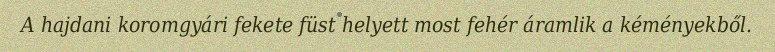
A hajdani koromgyári fekete füst helyett most fehér áramlik a kéményekből.